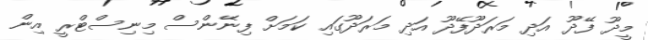
މީދޫ ފޭދޫ އަދި މަރަދޫފޭދޫ އަދި މަރަދޫގައި ކަމަށް ފިނޭންސް މިނިސްޓްރީ އިން